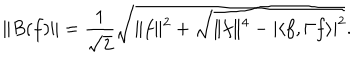
\| B ( f ) \| = \frac { 1 } { \sqrt { 2 } } \sqrt { \| f \| ^ { 2 } + \sqrt { \| f \| ^ { 4 } - | \langle f , \Gamma f \rangle | ^ { 2 } } } .